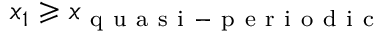
x _ { 1 } \geqslant x _ { \mathrm { ~ q ~ u ~ a ~ s ~ i ~ - ~ p ~ e ~ r ~ i ~ o ~ d ~ i ~ c ~ } }